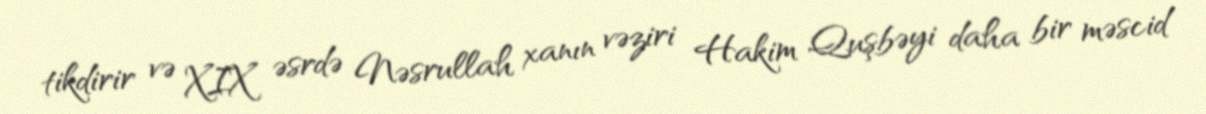
tikdirir və XIX əsrdə Nəsrullah xanın vəziri Hakim Quşbəyi daha bir məscid